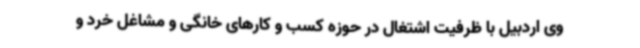
وی اردبیل با ظرفیت اشتغال در حوزه کسب و کارهای خانگی و مشاغل خرد و